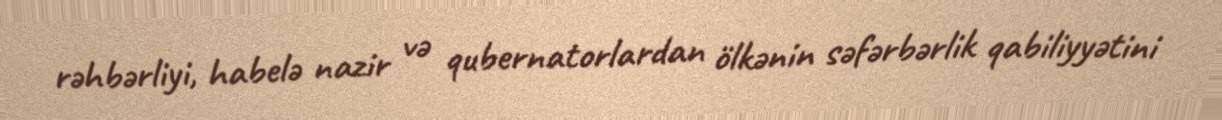
rəhbərliyi, habelə nazir və qubernatorlardan ölkənin səfərbərlik qabiliyyətini